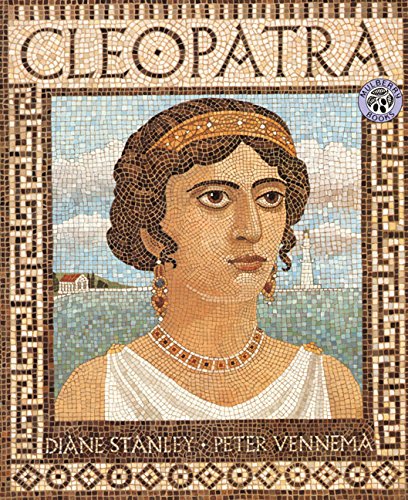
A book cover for Cleopatra; Diane Stanley; Children's Books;